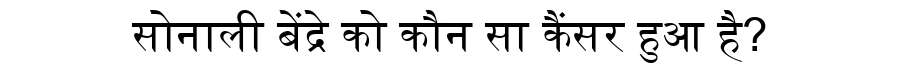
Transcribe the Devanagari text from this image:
सोनाली बेंद्रे को कौन सा कैंसर हुआ है?